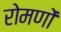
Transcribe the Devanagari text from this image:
रोमणों